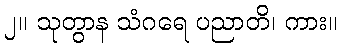
၂။ သုတွာန သံဂရေ ပညာတိ၊ ကား။